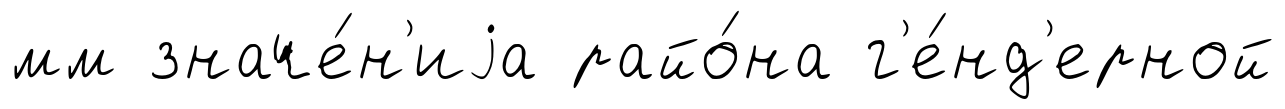
мм значе́н'иjа райо́на г'е́нд'ерной